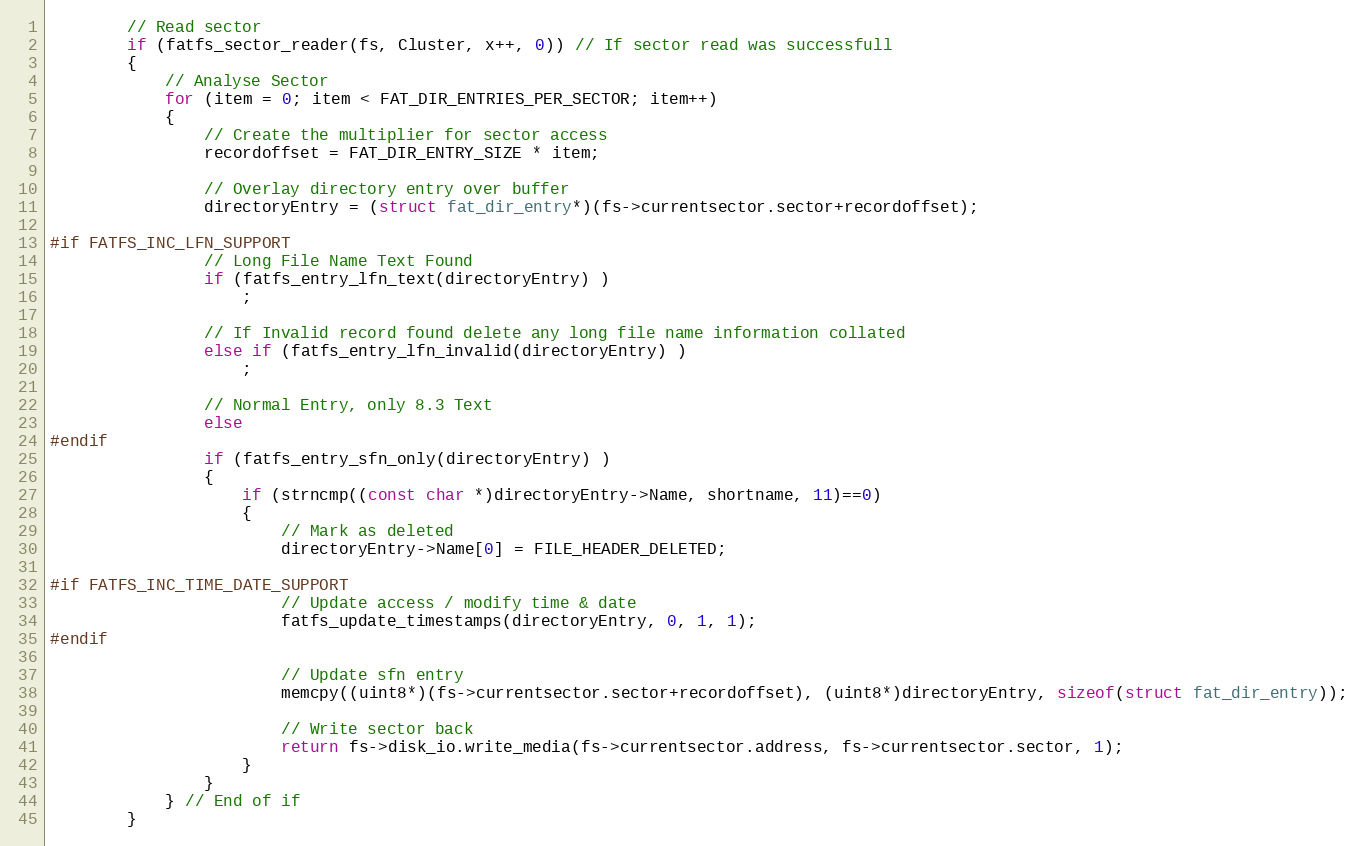
Language: C
        // Read sector
        if (fatfs_sector_reader(fs, Cluster, x++, 0)) // If sector read was successfull
        {
            // Analyse Sector
            for (item = 0; item < FAT_DIR_ENTRIES_PER_SECTOR; item++)
            {
                // Create the multiplier for sector access
                recordoffset = FAT_DIR_ENTRY_SIZE * item;

                // Overlay directory entry over buffer
                directoryEntry = (struct fat_dir_entry*)(fs->currentsector.sector+recordoffset);

#if FATFS_INC_LFN_SUPPORT
                // Long File Name Text Found
                if (fatfs_entry_lfn_text(directoryEntry) )
                    ;

                // If Invalid record found delete any long file name information collated
                else if (fatfs_entry_lfn_invalid(directoryEntry) )
                    ;

                // Normal Entry, only 8.3 Text
                else
#endif
                if (fatfs_entry_sfn_only(directoryEntry) )
                {
                    if (strncmp((const char *)directoryEntry->Name, shortname, 11)==0)
                    {
                        // Mark as deleted
                        directoryEntry->Name[0] = FILE_HEADER_DELETED;

#if FATFS_INC_TIME_DATE_SUPPORT
                        // Update access / modify time & date
                        fatfs_update_timestamps(directoryEntry, 0, 1, 1);
#endif

                        // Update sfn entry
                        memcpy((uint8*)(fs->currentsector.sector+recordoffset), (uint8*)directoryEntry, sizeof(struct fat_dir_entry));

                        // Write sector back
                        return fs->disk_io.write_media(fs->currentsector.address, fs->currentsector.sector, 1);
                    }
                }
            } // End of if
        }